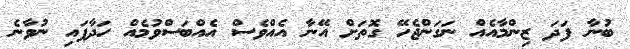
ބުނާ ފަދަ ޒިންމާއެއް ނަގަންޖެހޭ ގޮތަށް އޭނާ އެއްވެސް އެއްބަސްވުމެއް ހަދާފައި ނުވާނެ